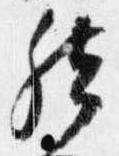
然